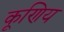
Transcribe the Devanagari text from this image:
कूणिय